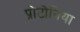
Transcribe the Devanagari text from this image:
प्रोटोनिया